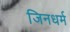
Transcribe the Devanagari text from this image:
जिनधर्म